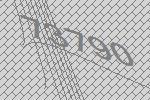
73790